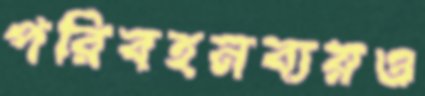
পরিবহনব্যয়ও